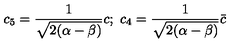
c _ { 5 } = \frac { 1 } { \sqrt { 2 ( \alpha - \beta ) } } c ; \ c _ { 4 } = \frac { 1 } { \sqrt { 2 ( \alpha - \beta ) } } \bar { c }